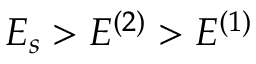
E _ { s } > E ^ { ( 2 ) } > E ^ { ( 1 ) }